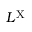
L ^ { \mathrm { X } }